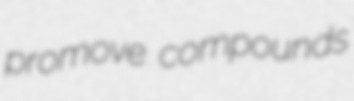
promove compounds